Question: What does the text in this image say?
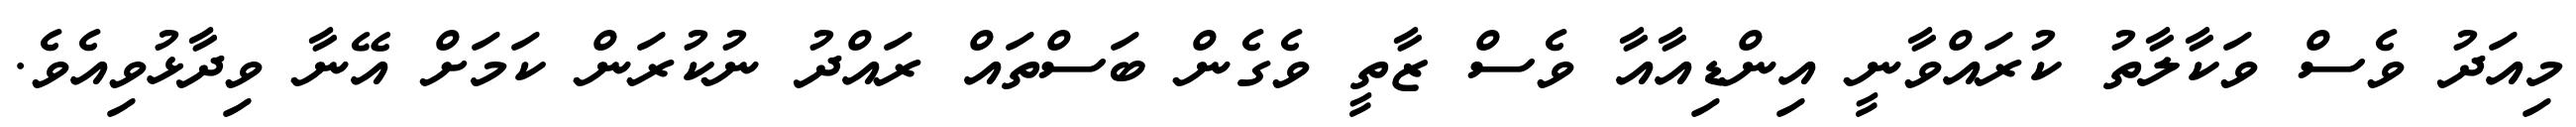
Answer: މިއަދު ވެސް ވަކާލާތު ކުރައްވާނީ އިންޑިއާއާ ވެސް ޒާތީ ވެގެން ބަސްތައް ރައްދު ނުކުރަން ކަމަށް އޭނާ ވިދާޅުވިއެވެ.